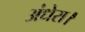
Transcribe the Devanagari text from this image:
अंधेरा।